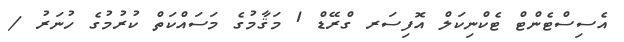
އެސިސްޓެންޓް ޓެކްނިކަލް އޮފިސަރ ގްރޭޑް 1 މަޤާމުގެ މަސައްކަތް ކުރުމުގެ ހުނަރު /